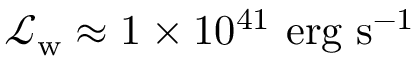
\mathcal { L } _ { \mathrm { w } } \approx 1 \times 1 0 ^ { 4 1 } ~ \mathrm { e r g ~ s } ^ { - 1 }